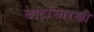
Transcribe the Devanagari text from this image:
लाटांसारखी